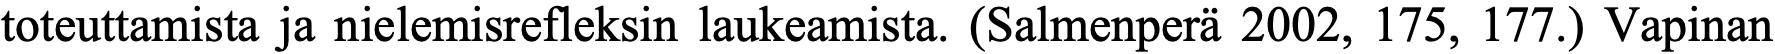
toteuttamista ja nielemisrefleksin laukeamista. (Salmenperä 2002, 175, 177.) Vapinan